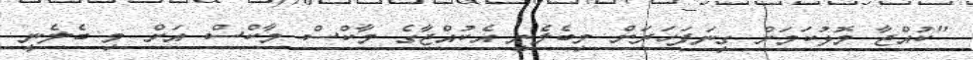
"ކުއްޖާ މޮޅުކަމަށް ގިނަފަހަރަށް މިބެލެނީ އެކުއްޖާގެ މާކްސް މާކްސް އަށް މި ބެލެނީ